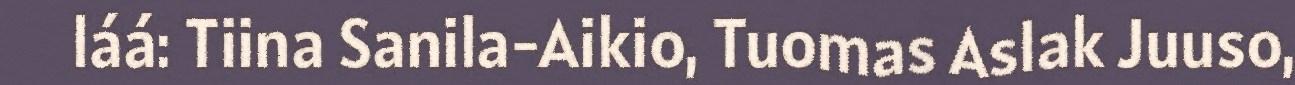
láá: Tiina Sanila-Aikio, Tuomas Aslak Juuso,